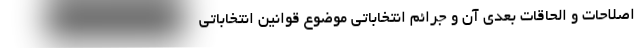
اصلاحات و الحاقات بعدی آن و جرائم انتخاباتی موضوع قوانین انتخاباتی